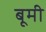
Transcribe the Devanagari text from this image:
बूमी